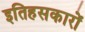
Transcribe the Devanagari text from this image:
इतिहसकारों